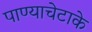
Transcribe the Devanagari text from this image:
पाण्याचेटाके